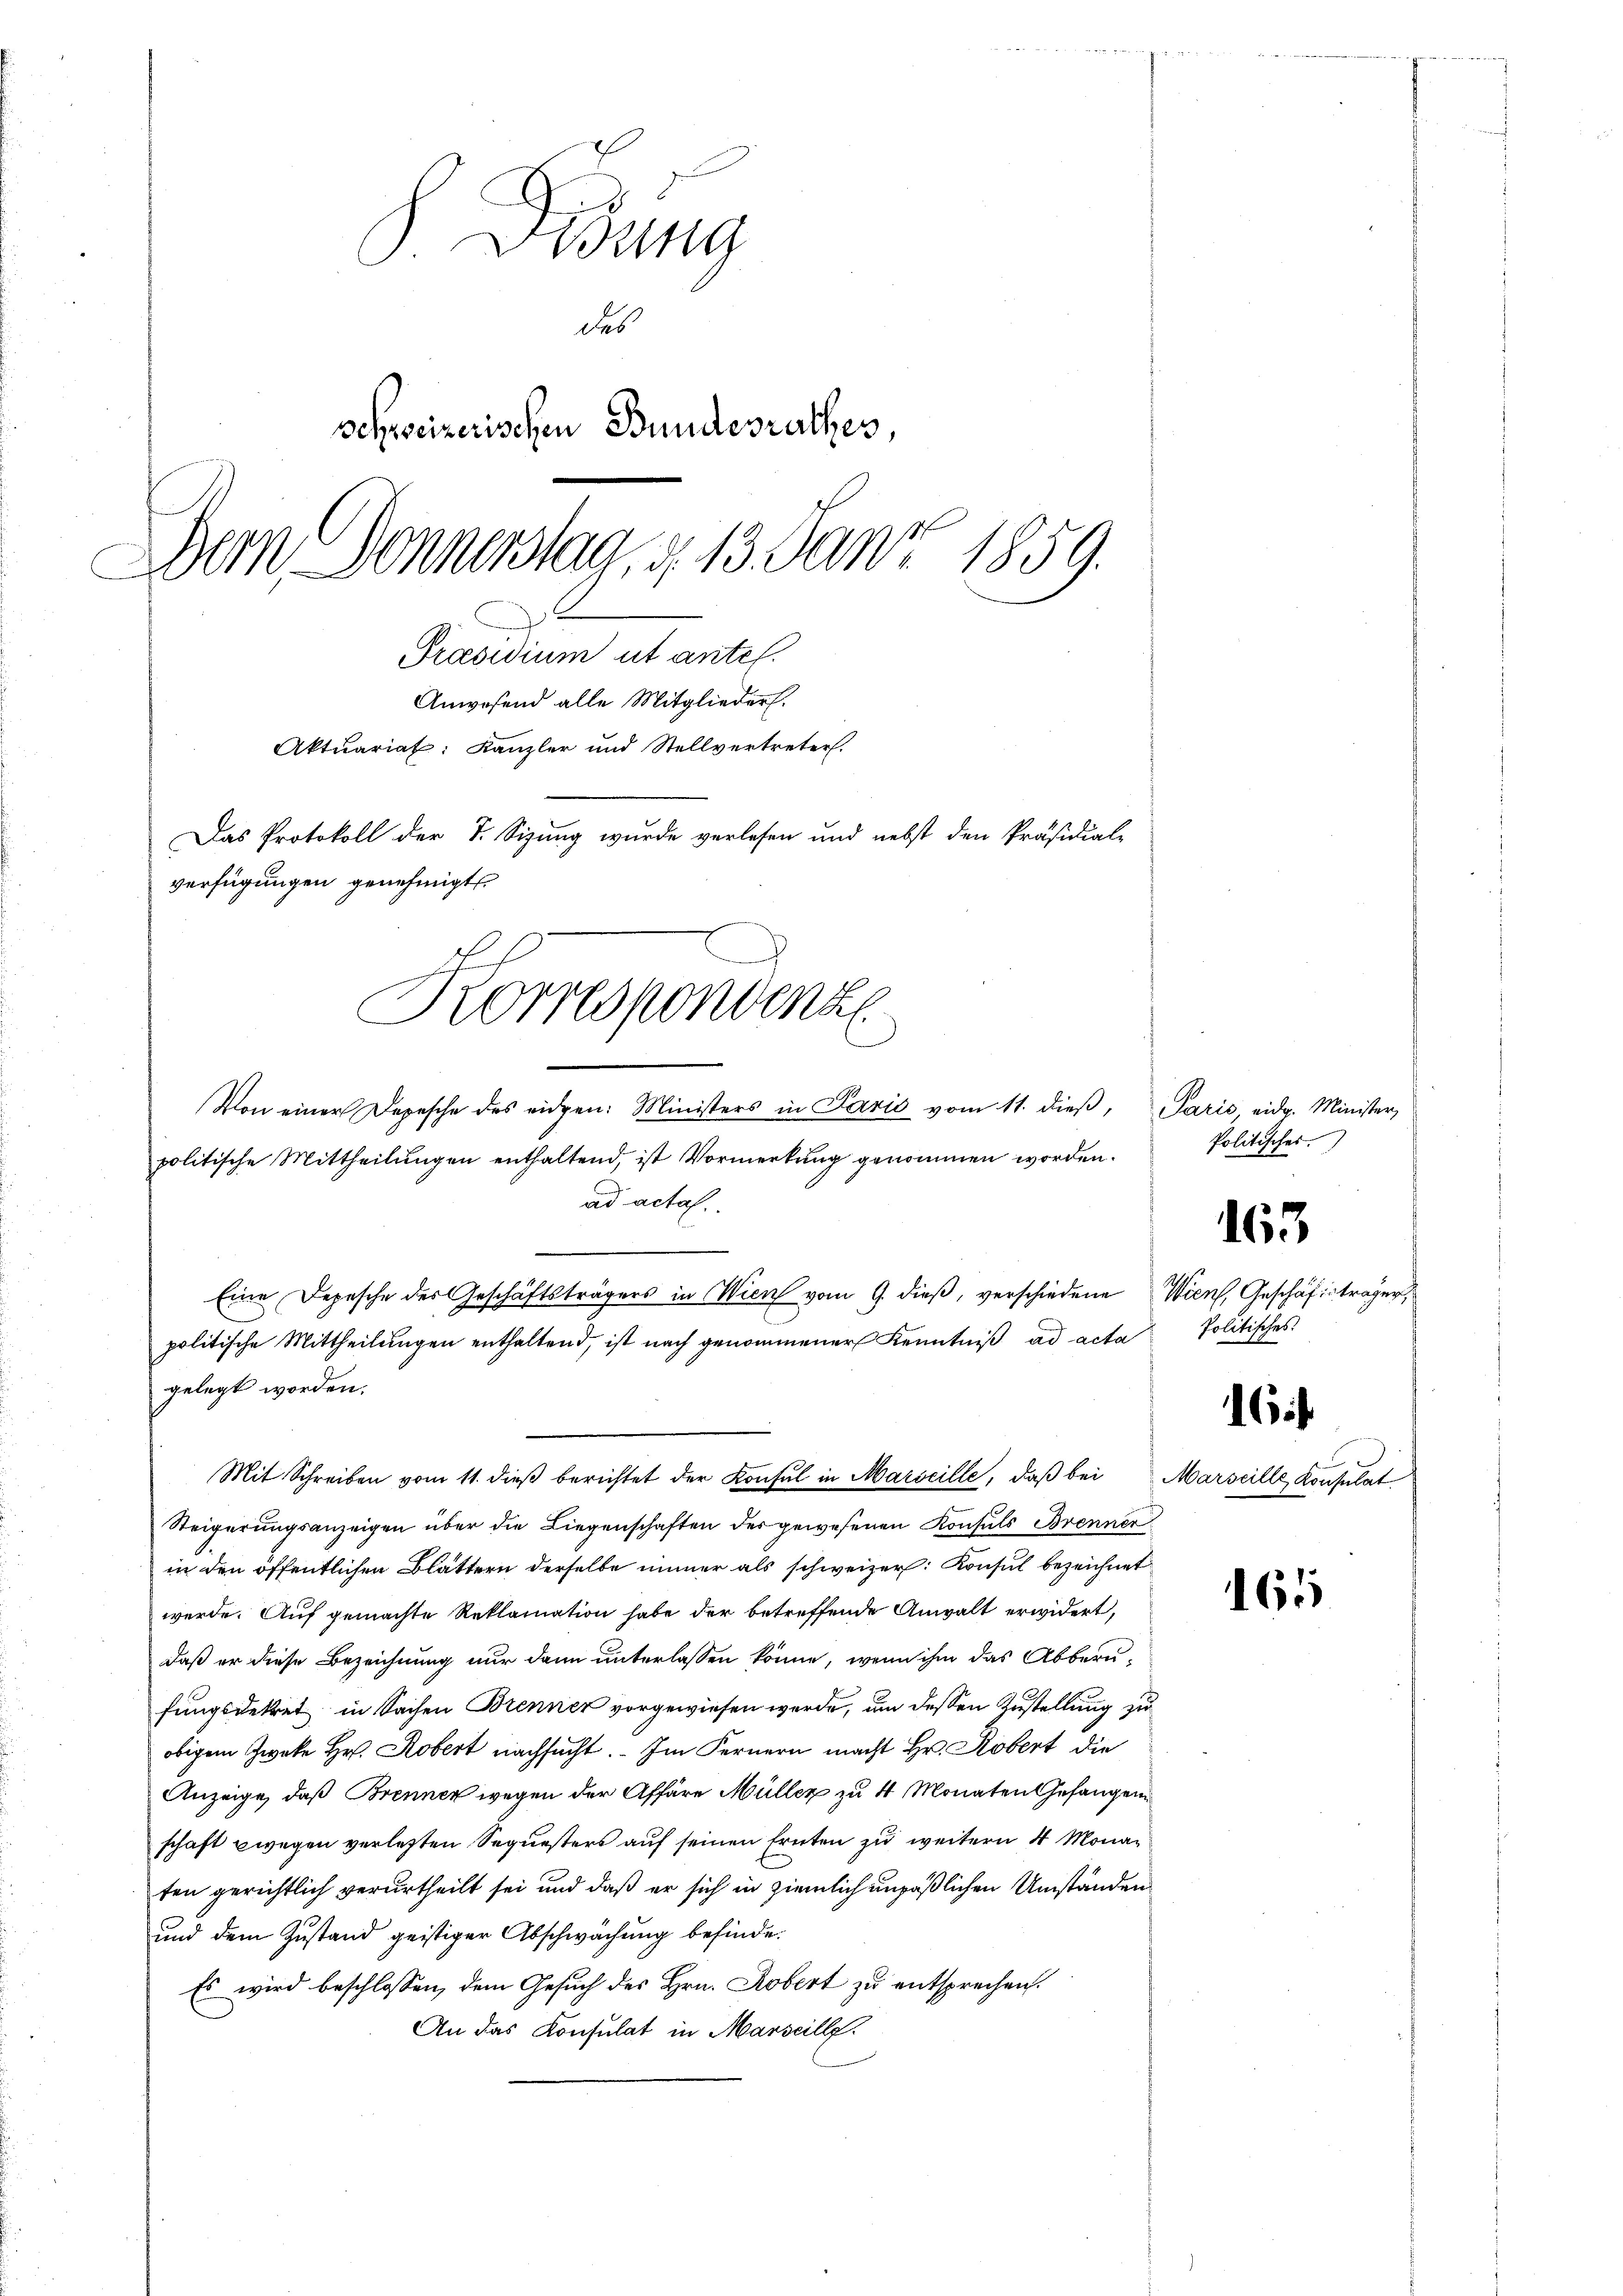
Tung
des
schweizerischen Bundesrathes
Dem Donnerstag, d. 13. Jantz 1859.
.
Präsidium ut antel.

Anwesend alle Mitglieder.
Aktuariat: Kanzler und Stellvertreter.
Das Protokoll der S. Sizung wurde verlesen und nebst den Präsidial-
verfügungen genehmigt
Korrespondenz

Von einer Depesche des eidgen: Ministers in Paris vom 11. dieβ,
politische Mittheilungen enthaltend, ist Vormerkung genommen worden.
ad actal.
Eine Depesche des Geschäftsträgers in Wien vom 9. dieß, verschiedene
politische Mittheilungen enthaltend, ist nach genommener Kenntniß ad acta Politisches
gelegt worden.
Mit Schreiben vom 11. dieß berichtet der Konsul in Marseille, daß bei
Steigerungsanzeigen über die Liegenschaften der gewesenen Konsuls Brenner
in den öffentlichen Blättern derselbe immer als schweizer. Konsul bezeichnet
werde. Auf gemachte Reklamation habe der betreffende Anwalt erwidert,
daß er diese Bezeichnung nur dann unterlassen könne, wenn ihm das Abberufungsdekret in Sachen Brenner vorgewiesen werde, um dessen Zustellung zu
obigem Zweke Hr. Robert nachsucht. Im Fernern macht Hr. Robert die
Anzeige, daß Brenner wegen der Affäre Müller zu 4 Monaten Gefangen
schaft wegen verletzten Sequesters auf seinen Ernten zu weitern 4 Monaten gerichtlich verurtheilt sei und daß er sich in ziemlich unpäßlichen Umständen
und dem Zustand geistiger Abschwächung befinde.
Es wird beschlossen, dem Gesuch des Hrn. Robert zu entsprechen.
An das Konsulat in Marseille.

Paris, eidg. Minister,
Politisches.

163

Wien, Geschäftsträger,

Marseille Konsulat

16

165